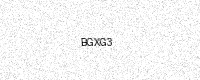
Text: BGXG3